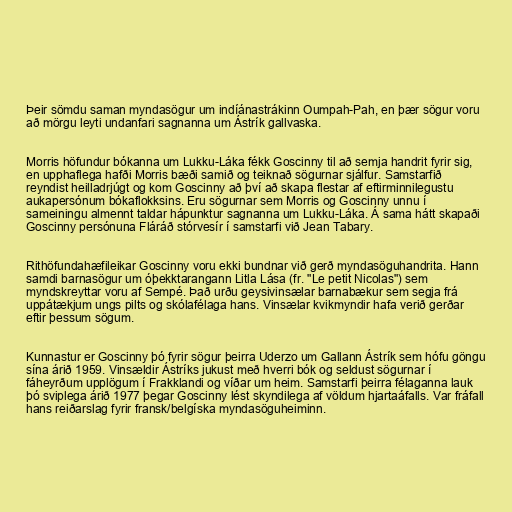
Þeir sömdu saman myndasögur um indíánastrákinn Oumpah-Pah, en þær sögur voru
að mörgu leyti undanfari sagnanna um Ástrík gallvaska.

Morris höfundur bókanna um Lukku-Láka fékk Goscinny til að semja handrit fyrir sig,
en upphaflega hafði Morris bæði samið og teiknað sögurnar sjálfur. Samstarfið
reyndist heilladrjúgt og kom Goscinny að því að skapa flestar af eftirminnilegustu
aukapersónum bókaflokksins. Eru sögurnar sem Morris og Goscinny unnu í
sameiningu almennt taldar hápunktur sagnanna um Lukku-Láka. Á sama hátt skapaði
Goscinny persónuna Fláráð stórvesír í samstarfi við Jean Tabary.

Rithöfundahæfileikar Goscinny voru ekki bundnar við gerð myndasöguhandrita. Hann
samdi barnasögur um óþekktarangann Litla Lása (fr. "Le petit Nicolas") sem
myndskreyttar voru af Sempé. Það urðu geysivinsælar barnabækur sem segja frá
uppátækjum ungs pilts og skólafélaga hans. Vinsælar kvikmyndir hafa verið gerðar
eftir þessum sögum.

Kunnastur er Goscinny þó fyrir sögur þeirra Uderzo um Gallann Ástrík sem hófu göngu
sína árið 1959. Vinsældir Ástríks jukust með hverri bók og seldust sögurnar í
fáheyrðum upplögum í Frakklandi og víðar um heim. Samstarfi þeirra félaganna lauk
þó sviplega árið 1977 þegar Goscinny lést skyndilega af völdum hjartaáfalls. Var fráfall
hans reiðarslag fyrir fransk/belgíska myndasöguheiminn.